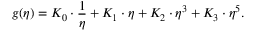
g ( \eta ) = K _ { 0 } \cdot \frac { 1 } { \eta } + K _ { 1 } \cdot \eta + K _ { 2 } \cdot \eta ^ { 3 } + K _ { 3 } \cdot \eta ^ { 5 } .